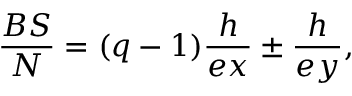
\frac { B S } { N } = ( q - 1 ) \frac { h } { e x } \pm \frac { h } { e y } ,